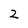
Character: 2